Vaccine operations Central Provinces 1868-1885 - 1868-1885
Year: 1868
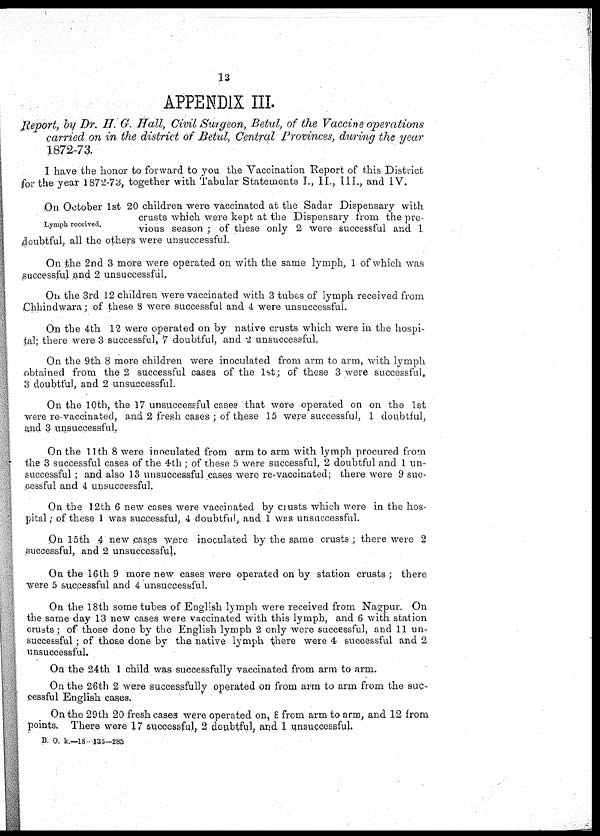
13
APPENDIX III.
Report, by Dr. H. G. Hall, Civil Surgeon, Betul, of the Vaccine operations
carried on in the district of Betul, Central Provinces, during the year
1872-73.
I have the honor to forward to you the Vaccination Report of this District
for the year 1872-73, together with Tabular Statements I., II., III., and IV.
Lymph received.
On October 1st 20 children were vaccinated at the Sadar Dispensary with
crusts which were kept at the Dispensary from the pre-
vious season ; of these only 2 were successful and I
doubtful, all the others were unsuccessful.
On the 2nd 3 more were operated on with the same lymph, 1 of which was
successful and 2 unsuccessful.
On the 3rd 12 children were vaccinated with 3 tubes of lymph received from
Chhindwara; of these 8 were successful and 4 were unsuccessful.
On the 4th 12 were operated on by native crusts which were in the hospi-
tal; there were 3 successful, 7 doubtful, and 2 unsuccessful.
On the 9th 8 more children were inoculated from arm to arm, with lymph
obtained from the 2 successful cases of the 1st; of these 3 were successful,
3 doubtful, and 2 unsuccessful.
On the 10th, the 17 unsuccessful cases that were operated on on the 1st
were re-vaccinated, and 2 fresh cases ; of these 15 were successful, 1 doubtful,
and 3 unsuccessful.
On the 11th 8 were inoculated from arm to arm with lymph procured from
the 3 successful cases of the 4th; of these 5 were successful, 2 doubtful and 1 un-
successful ; and also 13 unsuccessful cases were re-vaccinated; there were 9 suc-
cessful and 4 unsuccessful.
On the 12th 6 new cases were vaccinated by crusts which were in the hos¬
pital; of these 1 was successful, 4 doubtful, and 1 was unsuccessful.
On 15th 4 new cases were inoculated by the same crusts ; there were 2
successful, and 2 unsuccessful.
On the 16th 9 more new cases were operated on by station crusts ; there
were 5 successful and 4 unsuccessful.
On the 18th some tubes of English lymph were received from Nagpur. On
the same day 13 new cases were vaccinated with this lymph, and 6 with station
crusts; of those done by the English lymph 2 only were successful, and 11 un-
successful ; of those done by the native lymph there were 4 successful and 2
unsuccessful.
On the 24th 1 child was successfully vaccinated from arm to arm.
On the 26th 2 were successfully operated on from arm to arm from the suc¬
cessful English cases.
On the 29th 20 fresh cases were operated on, 8 from arm to arm, and 12 from
points. There were 17 successful, 2 doubtful, and 1 unsuccessful.
B. O. k.—18—135—285